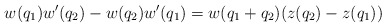
\begin{align*}w(q_1)w'(q_2) - w(q_2)w'(q_1) = w(q_1 + q_2) (z(q_2) - z(q_1))\end{align*}